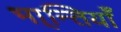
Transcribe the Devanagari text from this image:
भा्न्तियाँ